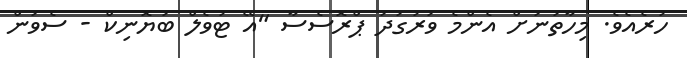
ހުރެއެވެ. މިހާތަނަށް އެންމެ ވަރުގަދަ ޕްރޮސެސާ "އޭ ޓުވެލް ބަޔޮނިކް - ސެވަން